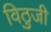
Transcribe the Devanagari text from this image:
विठुजी